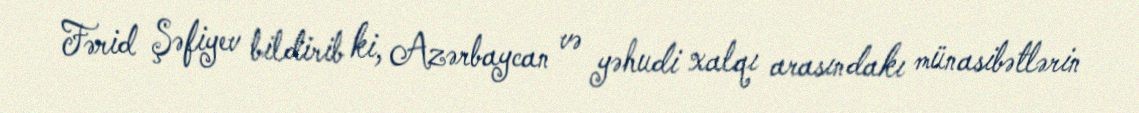
Fərid Şəfiyev bildirib ki, Azərbaycan və yəhudi xalqı arasındakı münasibətlərin